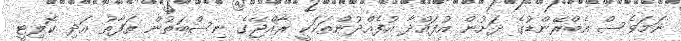
ނަމަވެސް އެބްރޭންޑުގެ ދަށުން އުފައްދާ އުފެއްދުންތަކަކީ ރާއްޖޭގެ ނިސްބަތުން ތަފާތު އަދި ކޮލިޓީ